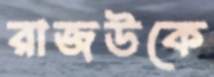
রাজউকে